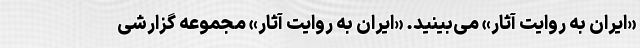
«ایران به روایت آثار» می‌بینید. «ایران به روایت آثار» مجموعه‌ گزارشی